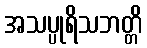
အသပ္ပုရိသဘတ္တိ